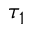
\tau _ { 1 }